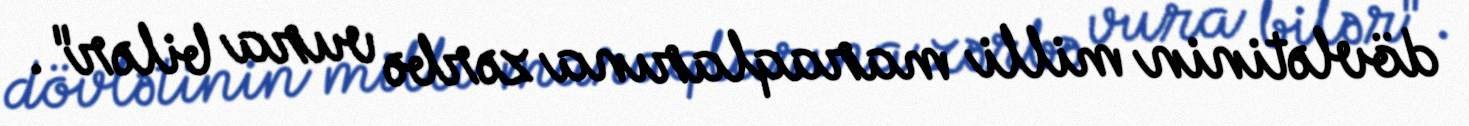
dövlətinin milli maraqlarına zərbə vura bilər".